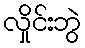
လှိုင်းဘွဲ